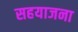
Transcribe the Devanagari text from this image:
सहयाजना